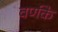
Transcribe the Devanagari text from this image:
वर्णके